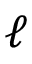
\ell